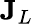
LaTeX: \mathbf{J}_{L}